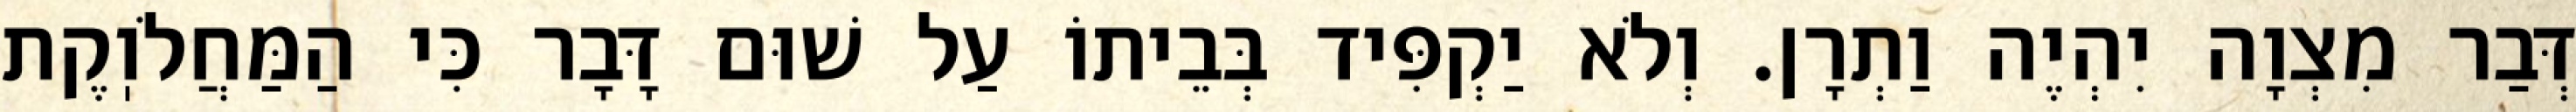
דְּבַר מִצְוָה יִהְיֶה וַתְרָן. וְלֹא יַקְפִּיד בְּבֵיתוֹ עַל שׁוּם דָּבָר כִּי הַמַּחֲלֹוֽקֶת